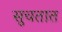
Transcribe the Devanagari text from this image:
सुचतात